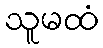
သူမထံ